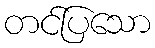
တင်ပြသော